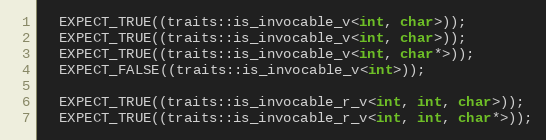
Language: C++
  EXPECT_TRUE((traits::is_invocable_v<int, char>));
  EXPECT_TRUE((traits::is_invocable_v<int, char>));
  EXPECT_TRUE((traits::is_invocable_v<int, char*>));
  EXPECT_FALSE((traits::is_invocable_v<int>));

  EXPECT_TRUE((traits::is_invocable_r_v<int, int, char>));
  EXPECT_TRUE((traits::is_invocable_r_v<int, int, char*>));